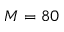
M = 8 0